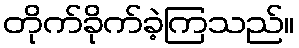
တိုက်ခိုက်ခဲ့ကြသည်။